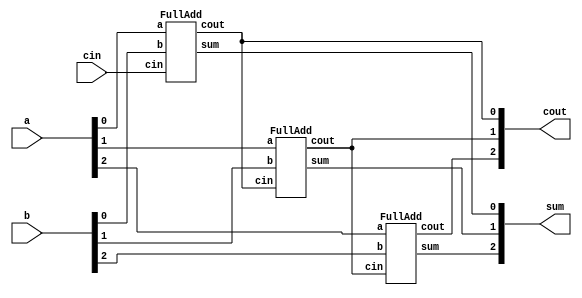
// Exercise 3-1-3-3: 3-Bit Binary Adder
module BinAdd_3Bit (
    input [2:0] a, b,
    input cin,
    output [2:0] cout,
    output [2:0] sum
);
    FullAdd FA0 [2:0] (
        .a(a),
        .b(b),
        .cin({cout[1:0],cin}),
        .cout(cout),
        .sum(sum)
    );
endmodule

module FullAdd (
    input a, b, cin,
    output cout, sum
);
    assign sum = a ^ b ^ cin;
    assign cout = (a & b) | cin & (a ^ b);
endmodule